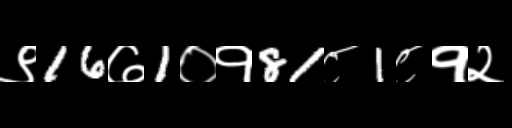
Text: ९16७1०१81८1८१२